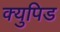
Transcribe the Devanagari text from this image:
क्युपिड